Report on the Nagpur School of Medicine, Central Provinces
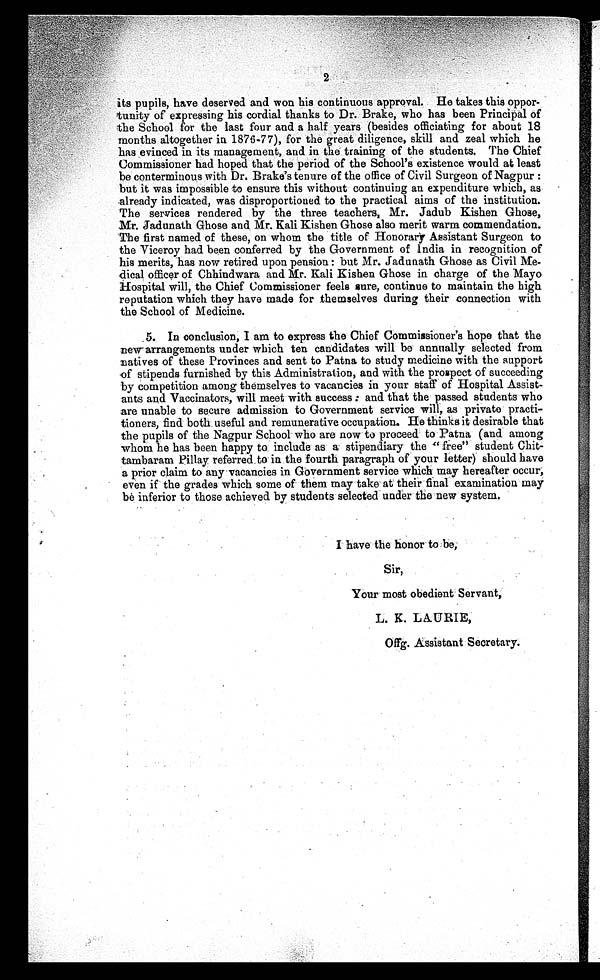
2
its pupils, have deserved and won his continuous approval. He takes this oppor-
tunity of expressing his cordial thanks to Dr. Brake, who has been Principal of
the School for the last four and a half years (besides officiating for about 18
months altogether in 1876-77), for the great diligence, skill and zeal which he
has evinced in its management, and in the training of the students. The Chief
Commissioner had hoped that the period of the School's existence would at least
be conterminous with Dr. Brake's tenure of the office of Civil Surgeon of Nagpur:
but it was impossible to ensure this without continuing an expenditure which, as
already indicated, was disproportioned to the practical aims of the institution.
The services rendered by the three teachers, Mr. Jadub Kishen Ghose,
Mr. Jadunath Ghose and Mr. Kali Kishen Ghose also merit warm commendation.
The first named of these, on whom the title of Honorary Assistant Surgeon to
the Viceroy had been conferred by the Government of India in recognition of
his merits, has now retired upon pension : but Mr. Jadunath Ghose as Civil Me-
dical officer of Chhindwara and Mr. Kali Kishen Ghose in charge of the Mayo
Hospital will, the Chief Commissioner feels sure, continue to maintain the high
reputation which they have made for themselves during their connection with
the School of Medicine.
5. In conclusion, I am to express the Chief Commissioner's hope that the
new arrangements under which ten candidates will be annually selected from
natives of these Provinces and sent to Patna to study medicine with the support
of stipends furnished by this Administration, and with the prospect of succeeding
by competition among themselves to vacancies in your staff of Hospital Assist-
ants and Vaccinators, will meet with success : and that the, passed students who
are unable to secure admission to Government service will, as private practi-
tioners, find both, useful and remunerative occupation. He thinks it desirable that
the pupils of the Nagpur School who are now to proceed to Patna (and among
whom he has been happy to include as a stipendiary the "free" student
Chit-tambaram Pillay referred to in the fourth paragraph of your letter) should have
a prior claim to any vacancies in Government service which may hereafter occur;
even if the grades which some of them may take at their final examination may
be inferior to those achieved by students selected under the new system.
t o b e ,
Sir,
Your most obedient Servant,
L. K. LAURIE,
Offg. Assistant Secretary.